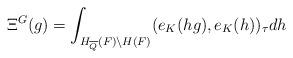
LaTeX: \begin{align*}\displaystyle \Xi^G(g)=\int_{H_{\overline{Q}}(F)\backslash H(F)} (e_K(hg),e_K(h))_\tau dh\end{align*}